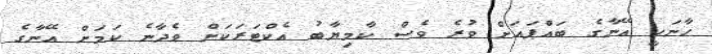
ހާނަކީ އޭނާގެ ބައްޕައަށް ވުރެ ވެސް ކާމިޔާބު އެކްޓަރަކަށް ވެދާނެ ކަމަށް އޭނާގެ